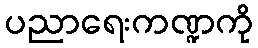
ပညာရေးကဏ္ဍကို